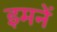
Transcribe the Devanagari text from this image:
इमनें